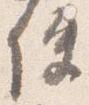
使